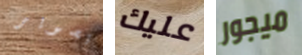
تصوير عليك ميجور